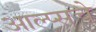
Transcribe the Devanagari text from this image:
आल्प्सचे